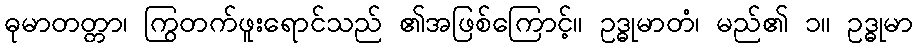
ဓုမာတတ္တာ၊ ကြွတက်ဖူးရောင်သည် ၏အဖြစ်ကြောင့်။ ဥဒ္ဓုမာတံ၊ မည်၏ ၁။ ဥဒ္ဓုမာ